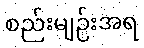
စည်းမျဉ်းအရ